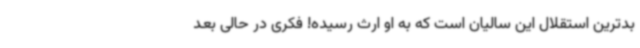
بدترین استقلال این سالیان است که به او ارث رسیده! فکری در حالی بعد